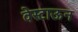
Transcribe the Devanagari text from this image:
वेस्टाऊन